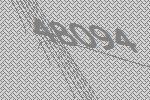
48094